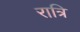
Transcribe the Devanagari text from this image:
रात्रि